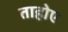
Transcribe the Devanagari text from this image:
ताहोए